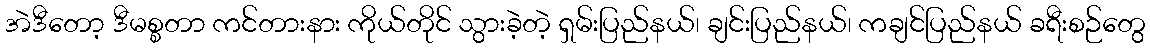
အဲဒီတော့ ဒီမစ္စတာ ကင်တားနား ကိုယ်တိုင် သွားခဲ့တဲ့ ရှမ်းပြည်နယ်၊ ချင်းပြည်နယ်၊ ကချင်ပြည်နယ် ခရီးစဉ်တွေ